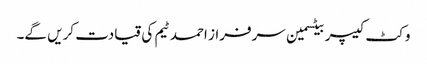
وکٹ کیپر بیٹسمین سرفراز احمد ٹیم کی قیادت کریں گے۔